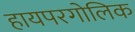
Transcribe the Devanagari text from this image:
हायपरगोलिक